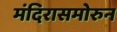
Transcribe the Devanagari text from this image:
मंदिरासमोरुन